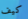
كيف